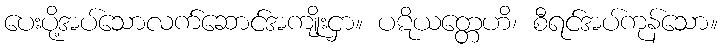
ပေးပို့အပ်သောလက်ဆောင်အကျိုးငှာ။ ပဋိယတ္တေဟိ၊ စီရင်အပ်ကုန်သော။